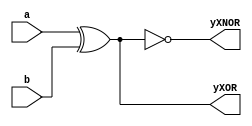
module ixorxnor(output yXOR,output yXNOR, input a,input b);
  


  assign yXOR = a ^ b;
  assign yXNOR = ~(a ^ b);
  
endmodule